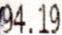
94.19